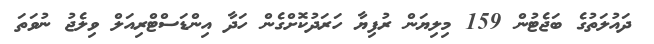
ދައުލަތުގެ ބަޖެޓުން 159 މިލިޔަން ރުފިޔާ ހަރަދުކޮށްގެން ހަދާ އިންޑަސްޓްރިއަލް ވިލެޖު ނުވަތަ